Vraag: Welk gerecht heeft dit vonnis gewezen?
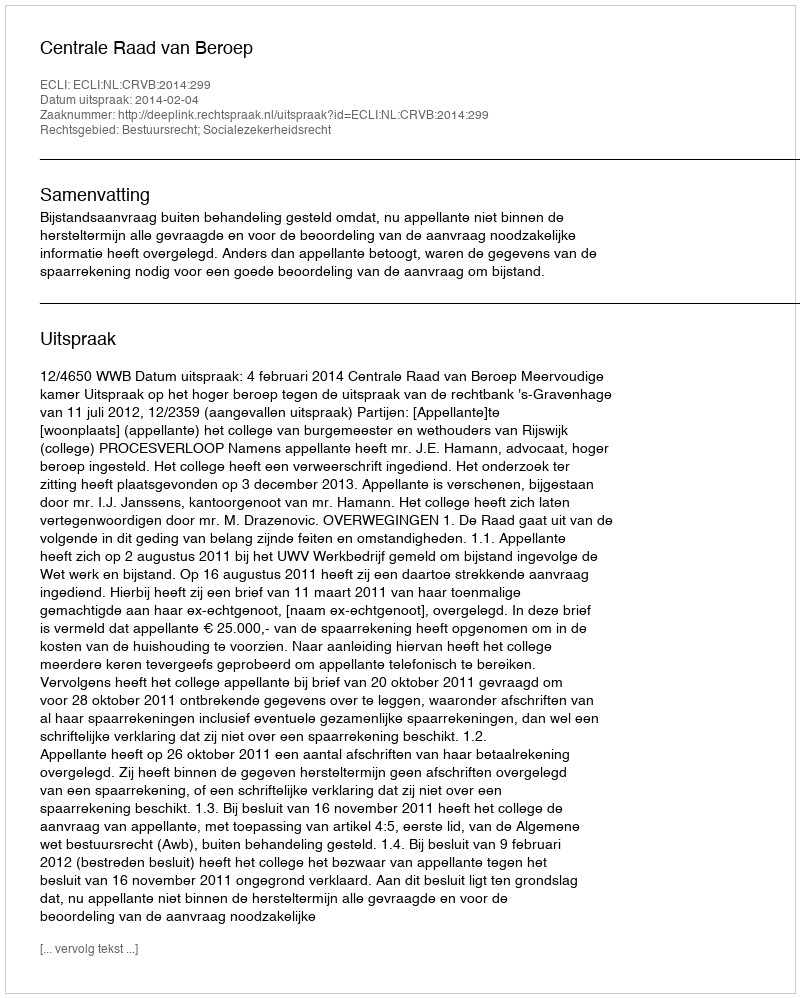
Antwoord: Centrale Raad van Beroep